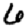
Digit: 6